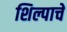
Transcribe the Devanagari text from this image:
शिल्पाचे